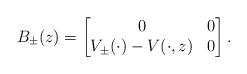
LaTeX: \begin{align*}B_\pm(z)=\begin{bmatrix}0 & 0 \\V_\pm(\cdot)-V(\cdot,z)&0\end{bmatrix}.\end{align*}